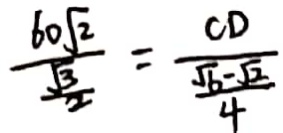
\frac { 6 0 \sqrt { 2 } } { \frac { \sqrt { 3 } } { 2 } } = \frac { C D } { \frac { \sqrt { 6 } - \sqrt { 2 } } { 4 } }